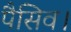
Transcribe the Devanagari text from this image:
पैसिव।